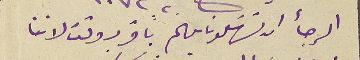
الرجأ ان تسَهلونا يهم باقرب وقت لاننا